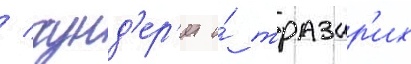
/ гунд'ер'ит и́ тразар'их